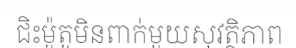
ជិះម៉ូតូមិនពាក់មួយសុវត្ថិភាព